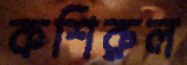
কশিরুল